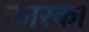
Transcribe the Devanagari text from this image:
फारका